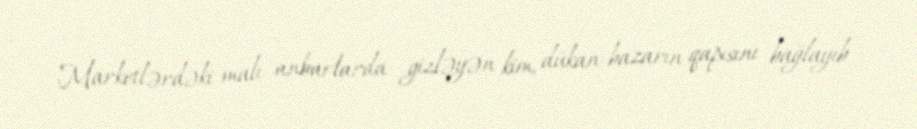
Marketlərdəki malı anbarlarda gizləyən kim, dükan-bazarın qapısını bağlayıb